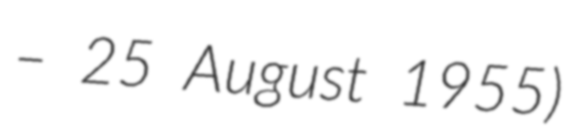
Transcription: – 25 August 1955)